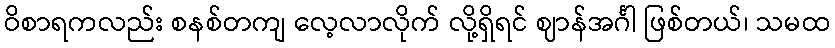
ဝိစာရကလည်း စနစ်တကျ လေ့လာလိုက် လို့ရှိရင် ဈာန်အင်္ဂါ ဖြစ်တယ်၊ သမထ